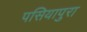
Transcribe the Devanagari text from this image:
पसियापुरा